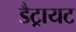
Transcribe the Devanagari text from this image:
डैट्रायट